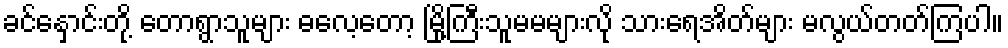
ခင်နှောင်းတို့ တောရွာသူများ ဓလေ့တော့ မြို့ကြီးသူမမများလို သားရေအိတ်များ မလွယ်တတ်ကြပါ။